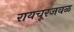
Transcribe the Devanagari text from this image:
रायचूरजवळ